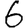
Digit: 6